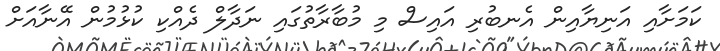
ކަމަށާއި އަނިޔާއިން އެނބުރި އައިސް މި މުބާރާތުގައި ނަދާލް ދެއްކި ކުޅުމުން އޭނާއަށް